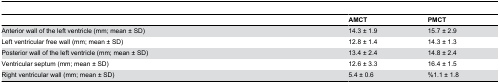
|  | AMCT | PMCT |
 | --- | --- | --- |
 | Anterior wall of the left ventricle (mm; mean ± SD) | 14.3 ± 1.9 | 15.7 ± 2.9 |
 | Left ventricular free wall (mm; mean ± SD) | 12.8 ± 1.4 | 14.3 ± 1.3 |
 | Posterior wall of the left ventricle (mm; mean ± SD) | 13.4 ± 2.4 | 14.8 ± 2.4 |
 | Ventricular septum (mm; mean ± SD) | 12.6 ± 3.3 | 16.4 ± 1.5 |
 | Right ventricular wall (mm; mean ± SD) | 5.4 ± 0.6 | %1.1 ± 1.8 |